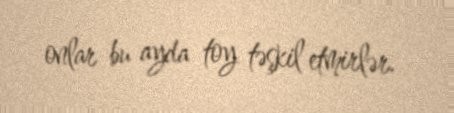
onlar bu ayda toy təşkil etmirlər.